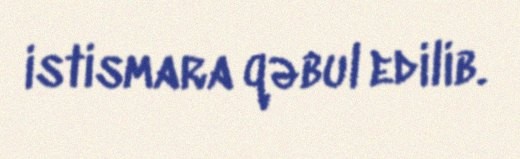
istismara qəbul edilib.